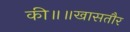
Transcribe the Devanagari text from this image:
की॥॥खासतौर